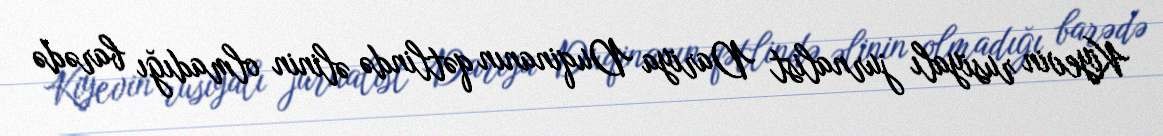
Kiyevin rusiyalı jurnalist Dariya Duqinanın qətlində əlinin olmadığı barədə